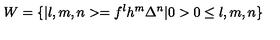
W = \{ \vert l , m , n > = f ^ { l } h ^ { m } \Delta ^ { n } \vert 0 > 0 \leq l , m , n \}